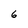
Character: 6